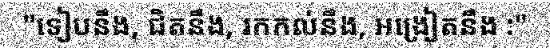
"ទៀបនឹង, ជិតនឹង, រកកល់នឹង, អង្រៀតនឹង :"